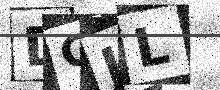
Text: DGJL